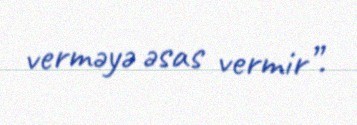
verməyə əsas vermir”.